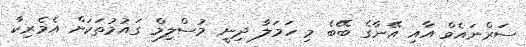
ސަރްނައެވް އާއި އޭނާގެ ބޭބެ މި ހަމަލާ ދިނީ މުސްލިމް ގައުމުތަކަށް އެމެރިކާ